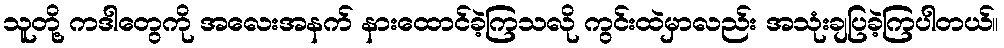
သူတို့ ကဒါတွေကို အလေးအနက် နားထောင်ခဲ့ကြသလို ကွင်းထဲမှာလည်း အသုံးချပြခဲ့ကြပါတယ်။